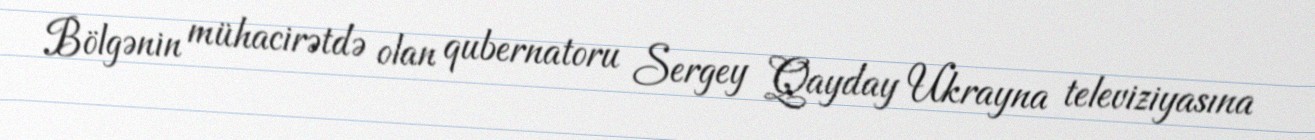
Bölgənin mühacirətdə olan qubernatoru Sergey Qayday Ukrayna televiziyasına